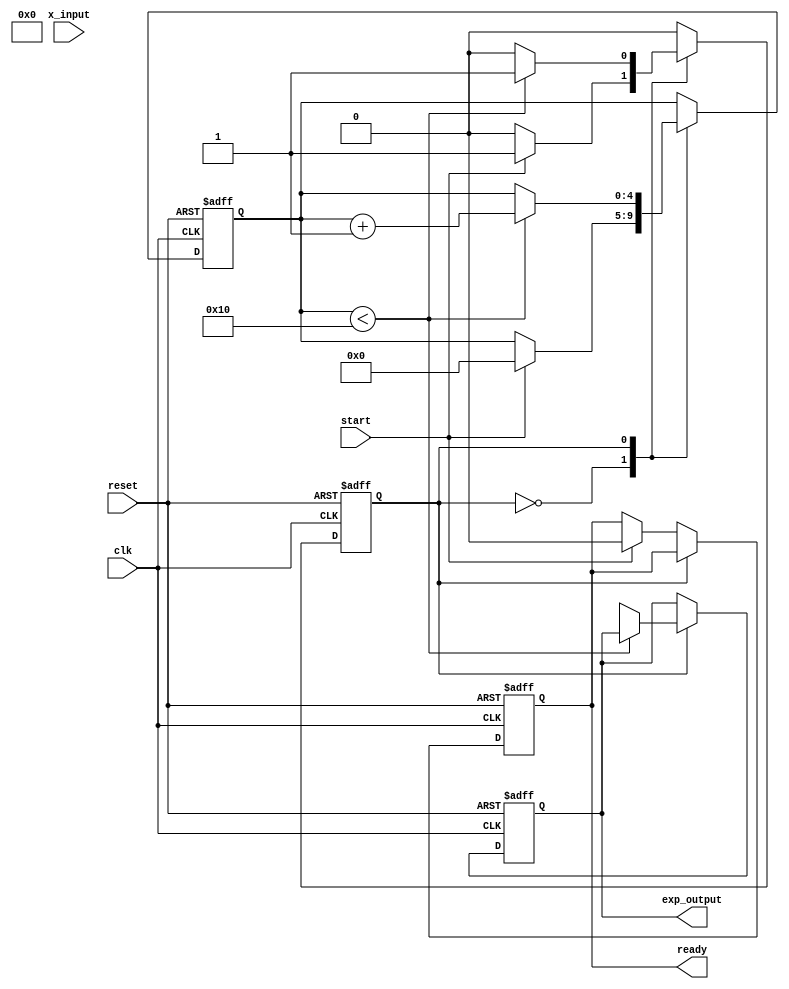
module cordic_exponential #(
    parameter N = 16, // Number of iterations
    parameter WIDTH = 16, // Width of fixed-point representation
    parameter GAIN = 16'hB8D9 // Pre-calculated CORDIC gain factor (fixed-point)
)(
    input wire clk,
    input wire reset,
    input wire start,
    input wire signed [WIDTH-1:0] x_input, // Input fixed-point value
    output reg signed [WIDTH-1:0] exp_output, // Output fixed-point exponential value
    output reg ready // Indicates when output is ready
);

    reg [WIDTH-1:0] x [0:N-1]; // X values
    reg [WIDTH-1:0] y [0:N-1]; // Y values
    reg [WIDTH-1:0] z [0:N-1]; // Z values (angle)
    reg [N-1:0] angle_table [0:N-1]; // Lookup table for arctangent values
    reg [4:0] count; // Iteration counter
    reg state; // State of the operation

    // Initialize arctangent values (in fixed-point representation)
    initial begin
        angle_table[0] = 16'h0000; // atan(0)
        angle_table[1] = 16'h3F99; // atan(1/2^1)
        angle_table[2] = 16'h3F2D; // atan(1/2^2)
        angle_table[3] = 16'h3EC9; // atan(1/2^3)
        angle_table[4] = 16'h3E48; // atan(1/2^4)
        angle_table[5] = 16'h3D89; // atan(1/2^5)
        angle_table[6] = 16'h3CC9; // atan(1/2^6)
        angle_table[7] = 16'h3C1A; // atan(1/2^7)
        angle_table[8] = 16'h3B6D; // atan(1/2^8)
        angle_table[9] = 16'h3AA1; // atan(1/2^9)
        angle_table[10] = 16'h39D5; // atan(1/2^10)
        angle_table[11] = 16'h38F1; // atan(1/2^11)
        angle_table[12] = 16'h37FF; // atan(1/2^12)
        angle_table[13] = 16'h3700; // atan(1/2^13)
        angle_table[14] = 16'h36F2; // atan(1/2^14)
        angle_table[15] = 16'h36D9; // atan(1/2^15)
    end

    // State Machine
    always @(posedge clk or posedge reset) begin
        if (reset) begin
            count <= 0;
            state <= 0;
            exp_output <= 0;
            ready <= 0;
        end else begin
            case (state)
                0: begin // Idle state
                    if (start) begin
                        x[0] <= x_input; // Initialize x with input
                        y[0] <= 0; // Initialize y
                        z[0] <= 0; // Initialize z
                        count <= 0;
                        state <= 1; // Move to next state
                        ready <= 0;
                    end
                end
                
                1: begin // Iteration state
                    if (count < N) begin
                        // CORDIC rotation
                        if (z[count] < 0) begin
                            x[count + 1] <= x[count] + (y[count] >>> count);
                            y[count + 1] <= y[count] - (x[count] >>> count);
                            z[count + 1] <= z[count] + angle_table[count];
                        end else begin
                            x[count + 1] <= x[count] - (y[count] >>> count);
                            y[count + 1] <= y[count] + (x[count] >>> count);
                            z[count + 1] <= z[count] - angle_table[count];
                        end
                        count <= count + 1;
                    end else begin
                        // Final output calculation
                        exp_output <= (x[N] * GAIN) >>> (N - 1); // Scale the result
                        state <= 2; // Move to output state
                    end
                end
                
                2: begin // Output state
                    ready <= 1; // Indicate output is ready
                    state <= 0; // Go back to idle
                end
            endcase
        end
    end

endmodule